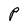
Character: P